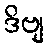
ဒိဗျ